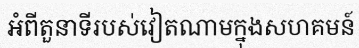
អំពីតួនាទីរបស់វៀតណាមក្នុងសហគមន៍